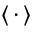
\langle \, \cdot \, \rangle